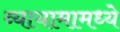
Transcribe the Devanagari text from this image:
व्यायामामध्ये